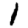
Digit: 1